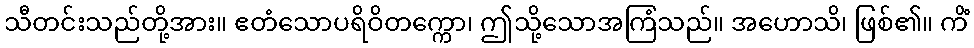
သီတင်းသည်တို့အား။ ဧတံသောပရိဝိတက္ကော၊ ဤသို့သောအကြံသည်။ အဟောသိ၊ ဖြစ်၏။ ကိံ